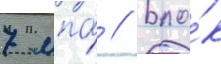
7 мпа́ // Бло́к